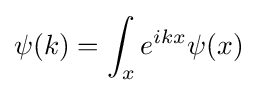
\psi (k)=\int _{x}e^{ikx}\psi (x)